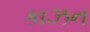
કાઝન